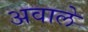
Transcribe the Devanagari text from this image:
अवाले